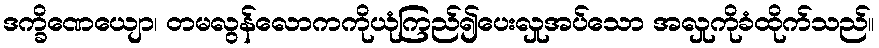
ဒက္ခိဏေယျော၊ တမလွန်လောကကိုယုံကြည်၍ပေးလှုအပ်သော အလှုကိုခံထိုက်သည်။